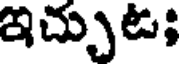
ఇచ్చుట;